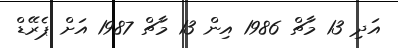
އަދި 13 މާޗް 1986 އިން 13 މާޗް 1987 އަށް ޕެރޭޑް